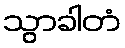
သွာခါတံ